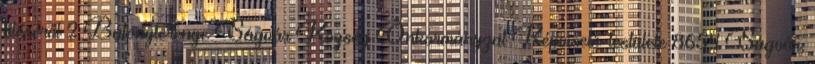
üléséről 2 Bátonyterenye Ságvár Község Önkormányzat Képviselő-testülete 8654 Ságvár,